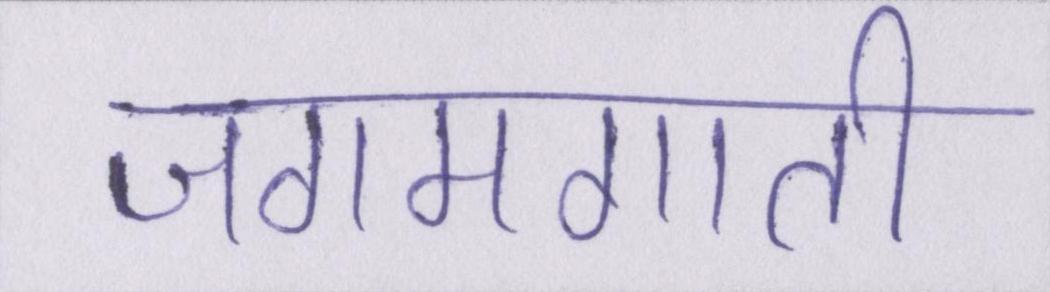
जगमगाती